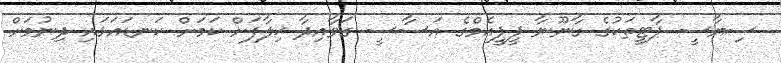
ސިޔާސީ ޕާޓީތަކުގެ ގާނޫނާ ޕީޕީއެމްގެ އަސާސީ ގަވާއިދާ ޚިލާފަށް ކަމަށް ކަނޑައަޅައި ދިނުމަށް